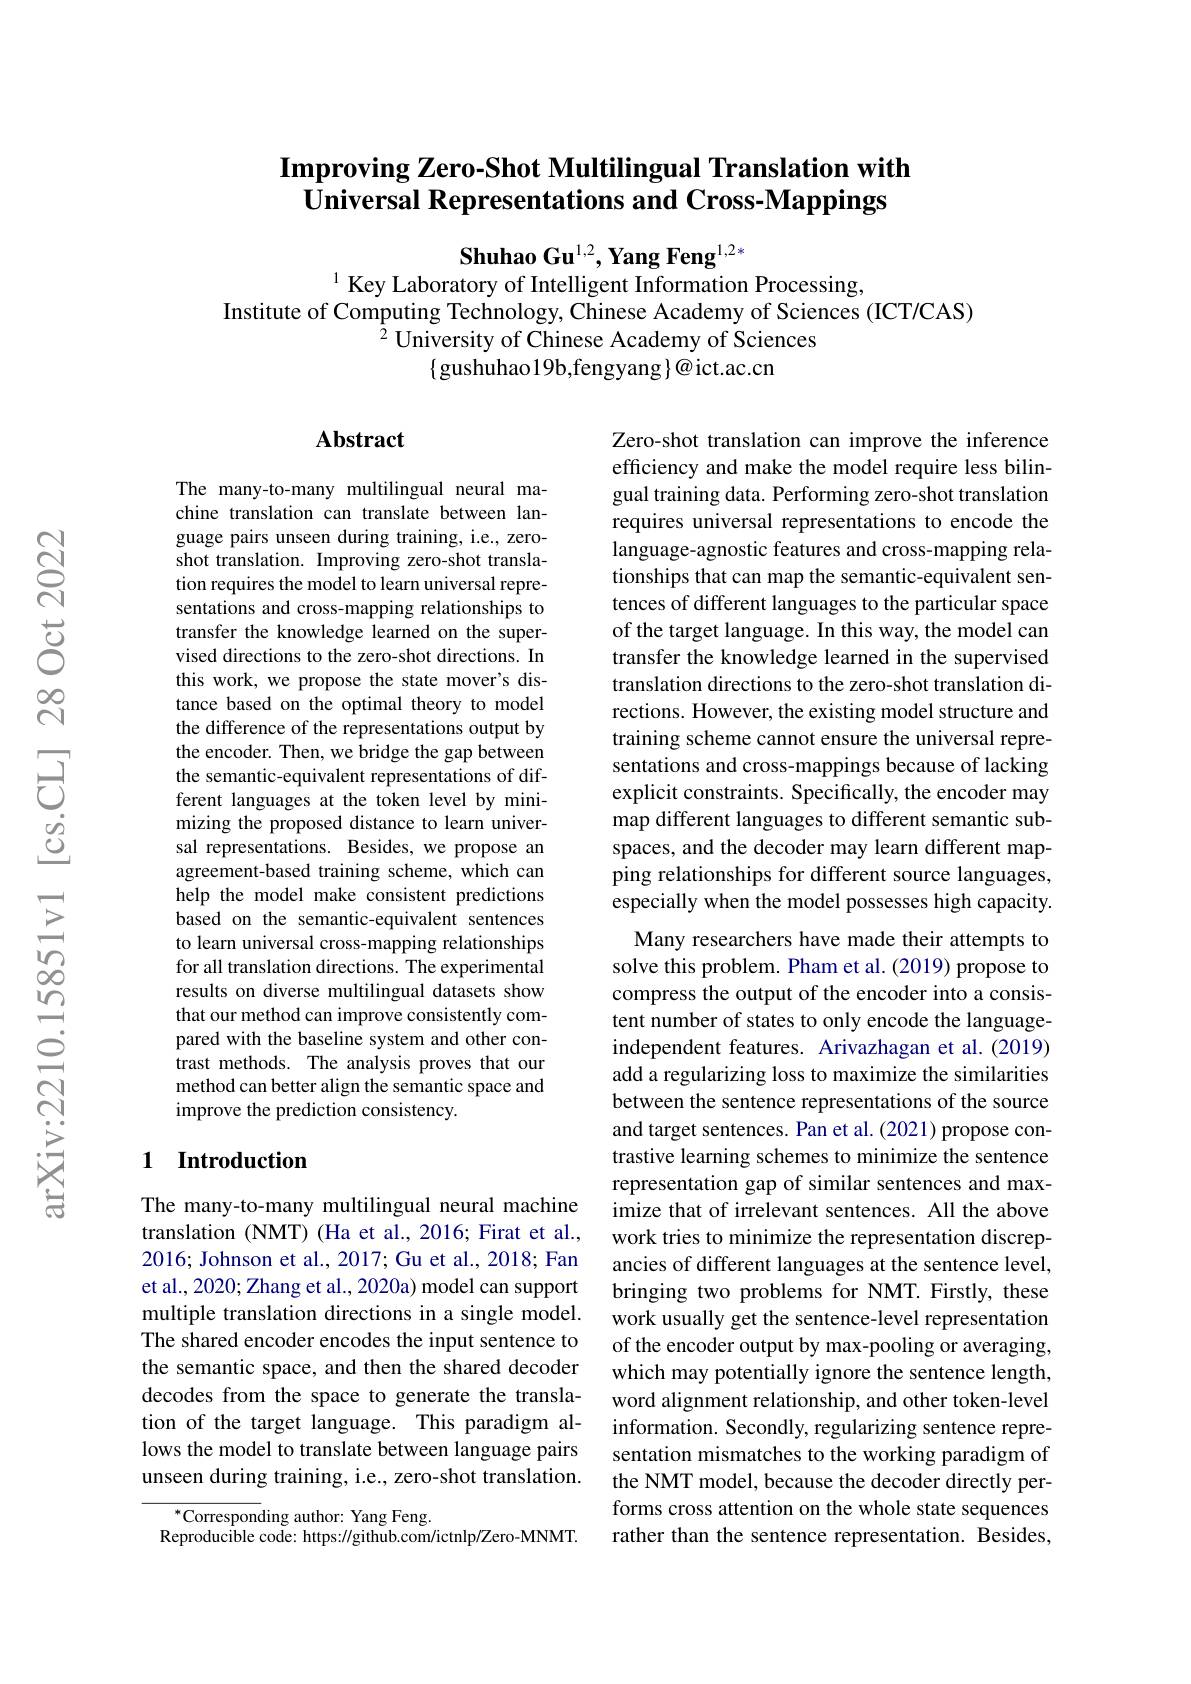
## Improving Zero-Shot Multilingual Translation with Universal Representations and Cross-Mappings

Shuhao Gu$^{1,2},\textbf{Yang Feng}^{1,2*}$
$^{1}$ Key Laboratory of Intelligent Information Processing,

Institute of Computing Technology, Chinese Academy of Sciences (ICT/CAS)
$^{\tilde{2}}$University of Chinese Academy of Sciences
$\{$gushuhao19b,fengyang$\}@$ict.ac.cn

### $\mathbf{Abstract}$

The many-to-many multilingual neural machine translation can translate between language pairs unseen during training, i.e., zeroshot translation. Improving zero-shot translation requires the model to learn universal representations and cross-mapping relationships to transfer the knowledge learned on the supervised directions to the zero-shot directions. In this work, we propose the state mover's distance based on the optimal theory to model the difference of the representations output by the encoder. Then, we bridge the gap between the semantic-equivalent representations of different languages at the token level by minimizing the proposed distance to learn universal representations. Besides, we propose an agreement-based training scheme, which can help the model make consistent predictions based on the semantic-equivalent sentences to learn universal cross-mapping relationships for all translation directions. The experimental results on diverse multilingual datasets show that our method can improve consistently compared with the baseline system and other contrast methods. The analysis proves that our method can better align the semantic space and improve the prediction consistency.

Zero-shot translation can improve the inference efficiency and make the model require less bilingual training data. Performing zero-shot translation requires universal representations to encode the language-agnostic features and cross-mapping relationships that can map the semantic-equivalent sentences of different languages to the particular space of the target language. In this way, the model can transfer the knowledge learned in the supervised translation directions to the zero-shot translation directions. However, the existing model structure and training scheme cannot ensure the universal representations and cross-mappings because of lacking explicit constraints. Specifically, the encoder may map different languages to different semantic subspaces, and the decoder may learn different mapping relationships for different source languages, especially when the model possesses high capacity.
Many researchers have made their attempts to solve this problem. Pham et al. (2019) propose to compress the output of the encoder into a consistent number of states to only encode the languageindependent features. Arivazhagan et al.(2019) add a regularizing loss to maximize the similarities between the sentence representations of the source and target sentences. Pan et al.(2021) propose contrastive learning schemes to minimize the sentence representation gap of similar sentences and maximize that of irrelevant sentences. All the above work tries to minimize the representation discrepancies of different languages at the sentence level, bringing two problems for NMT. Firstly, these work usually get the sentence-level representation of the encoder output by max-pooling or averaging, which may potentially ignore the sentence length, word alignment relationship, and other token-level information. Secondly, regularizing sentence representation mismatches to the working paradigm of the NMT model, because the decoder directly performs cross attention on the whole state sequences rather than the sentence representation. Besides,

## 1 Introduction

The many-to-many multilingual neural machine translation (NMT) (Ha et al., 2016; Firat et al., 2016; Johnson et al., 2017; Gu et al., 2018; Fan et al., 2020; Zhang et al., 2020a) model can support multiple translation directions in a single model. The shared encoder encodes the input sentence to the semantic space, and then the shared decoder decodes from the space to generate the translation of the target language. This paradigm allows the model to translate between language pairs unseen during training, i.e., zero-shot translation.

$^*$Corresponding author: Yang Feng.
Reproducible code: https://github.com/ictnlp/Zero-MNMT.